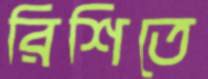
রিশিতে